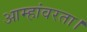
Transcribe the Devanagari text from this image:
आम्हांवरता।